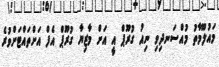
މައުލޫމާތު މުއްސަނދިވި ނިއު ގުރޫޕް އީ އަށް މާޒިޔާ ގުރޫޕް އެފް އަށްތައްޓަށްވުރެ